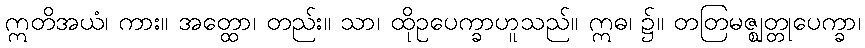
ဣတိအယံ၊ ကား။ အတ္ထော၊ တည်း။ သာ၊ ထိုဥပေက္ခာဟူသည်။ ဣဓ၊ ၌။ တတြမဇ္ဈတ္တုပေက္ခာ၊